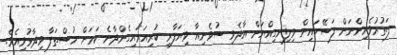
ފަތުރުވެރިންނަށް ފަސޭހައިން ވިލިނގިއްޔަށް އާދެވި ސުވެނިއާ ވިޔަފާރި ކުރިއަރައިގެންދާނެ ކަމަށް މުސްތަފާ ވިދާޅުވިއެވެ.